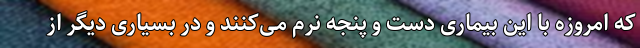
که امروزه با این بیماری دست و پنجه نرم می‌کنند و در بسیاری دیگر از